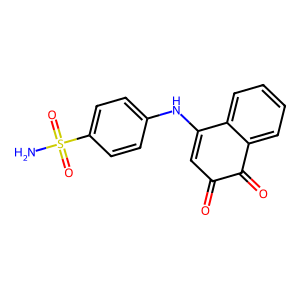
SMILES: NS(=O)(=O)c1ccc(NC2=CC(=O)C(=O)c3ccccc32)cc1
Inhibits HIV replication: No